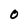
Character: 0